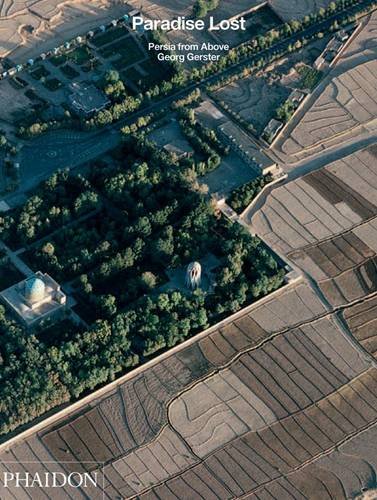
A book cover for Paradise Lost, Persia from Above; Georg Gerster; Arts & Photography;